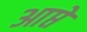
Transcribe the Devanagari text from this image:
आप्ते